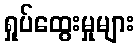
ရှုပ်ထွေးမှုများ